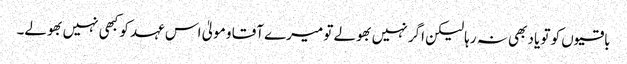
باقیوں کو تو یاد بھی نہ رہا لیکن اگر نہیں بھولے تو میرے آقا و مولیٰ اس عہد کو کبھی نہیں بھولے۔